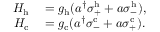
\begin{array} { r l } { H _ { \mathrm { h } } } & { { } = g _ { \mathrm { h } } ( a ^ { \dagger } \sigma _ { + } ^ { \mathrm { h } } + a \sigma _ { - } ^ { \mathrm { h } } ) , } \\ { H _ { \mathrm { c } } } & { { } = g _ { \mathrm { c } } ( a ^ { \dagger } \sigma _ { - } ^ { \mathrm { c } } + a \sigma _ { + } ^ { \mathrm { c } } ) . } \end{array}